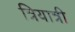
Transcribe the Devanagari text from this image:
त्रियात्री